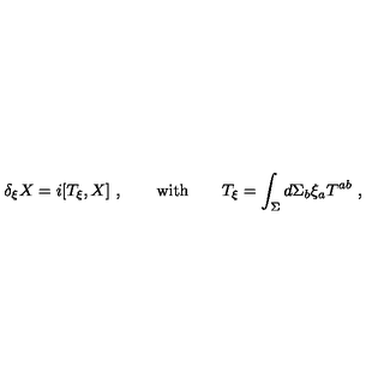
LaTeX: \delta _ { \xi } X = i [ T _ { \xi } , X ] \ , \qquad \mathrm { w i t h } \qquad T _ { \xi } = \int _ { \Sigma } d \Sigma _ { b } \xi _ { a } T ^ { a b } \ ,